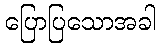
ပြောပြသောအခါ